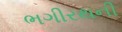
ભગીરથની